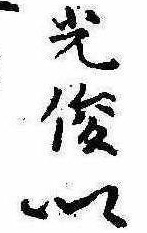
光俊卿